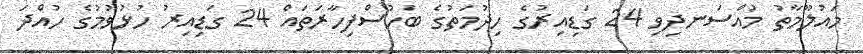
މައުލޫމާތު މުއްސަނދިވި 24 ގަޑިއިރުގެ ހިދުމަތުގެ ބަހުސްފިހާރަތައް 24 ގަޑިއިރު ހުޅުވުމުގެ ހުއްދަ